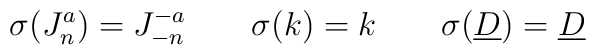
\sigma (J^a_n)=J^{-a}_{-n} \qquad \sigma (k)= k \qquad \sigma(\underline{D}) = \underline{D}